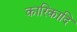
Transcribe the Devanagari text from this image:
कारिकादि